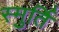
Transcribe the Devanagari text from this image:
स्मुर्ति